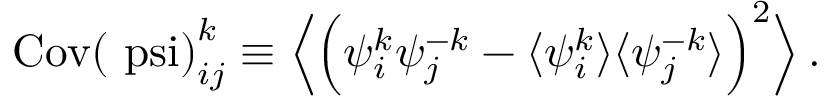
\begin{array} { r } { \mathrm { C o v ( \ p s i ) } _ { i j } ^ { k } \equiv \Big \langle \Big ( { \psi } _ { i } ^ { k } { \psi } _ { j } ^ { - k } - \langle { \psi } _ { i } ^ { k } \rangle \langle { \psi } _ { j } ^ { - k } \rangle \Big ) ^ { 2 } \Big \rangle \, . } \end{array}